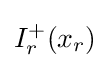
I_{r}^{+}(x_{r})